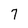
Character: 7